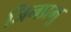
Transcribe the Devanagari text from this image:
जिनप्रभु